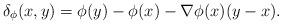
LaTeX: \begin{align*}\delta_\phi(x, y) =\phi(y)-\phi(x)-\nabla\phi(x)(y-x). \end{align*}